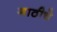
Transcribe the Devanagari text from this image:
गाठीचे